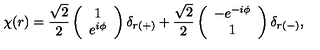
\chi ( r ) = \frac { \sqrt { 2 } } { 2 } \left( \begin{array} { c } { 1 } \\ { e ^ { i \phi } } \\ \end{array} \right) \delta _ { r ( + ) } + \frac { \sqrt { 2 } } { 2 } \left( \begin{array} { c } { - e ^ { - i \phi } } \\ { 1 } \\ \end{array} \right) \delta _ { r ( - ) } ,